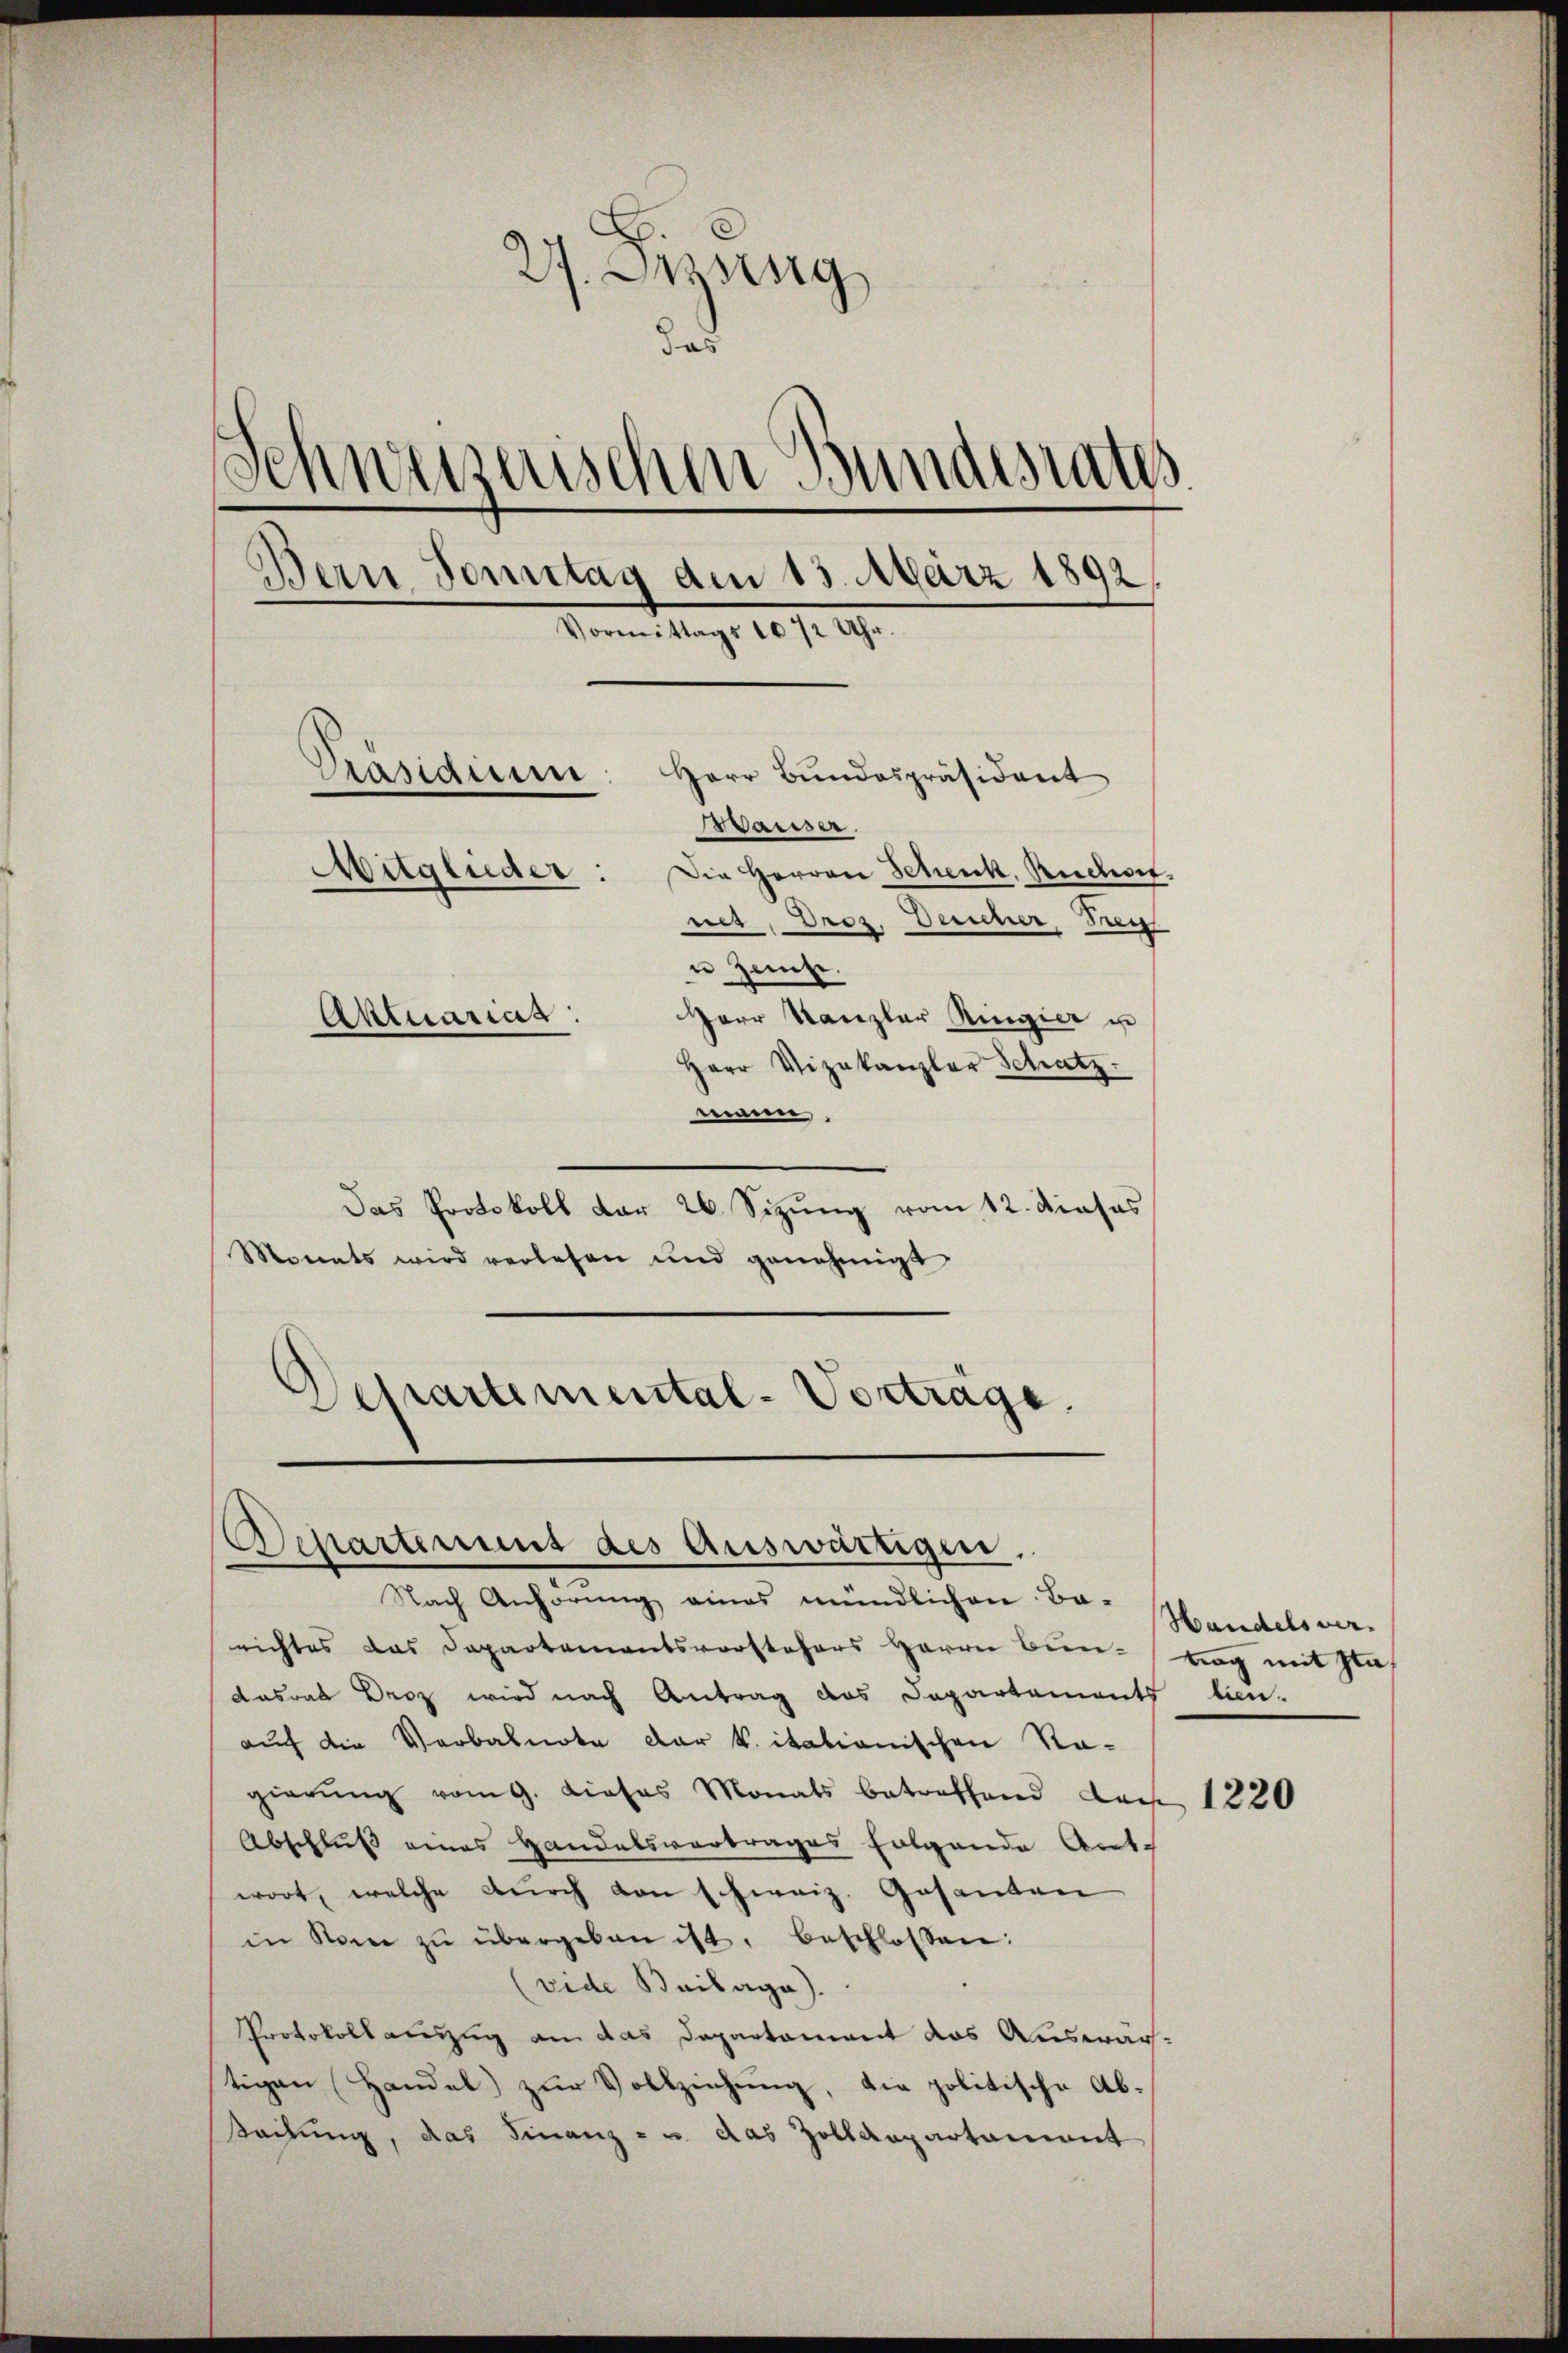
27. Desing
d
Schweizerischen Bundesrat
Bern Tomstag den 13. März 1892
Vormittags 1072 Uhr.
Pasidium.
Herr Bundespräsident
Mäuser.
Mitglieder:
Die Herren Schenk, Ruchen
net. Droz. Demuner, Frey
u Zeite.
Herr Kanzler Ringier u
Aktuarias.
Herr Vizekanzler Schatz

mann.
Das Protokoll der 26. Sizung vom 12. Dieses
Morents wird verlesen und genehmigt
Departemental-Vorträge.

Departement des Auswärtigen.

Nach Anhörung eines mündlichen Ba-
richtes das Departementsvorstehers Herrn Bŭn-vog mit Plat
dasrat Droz wird nach Antrag des Departements lien-
auf die Verbalnote der k. itationischen Na-
gierŭng vom 9. dieses Monats betreffend den 1220
Abschlŭβ eines Handelsvertrages folgende Ant.
wort, welche durch von schweiz. Gesanten
in Rome zŭ übergeben ist, beschlossen:
vide Beilage).
Protokollauszug an das Departament das Auswärtigen Handel zur Vollziehung, die politische Absachung, das Finanz- u. das Zolldepartament

Handelsver¬